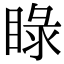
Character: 睩